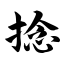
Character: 捻